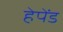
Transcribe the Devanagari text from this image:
हेपेंड